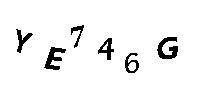
YE746G